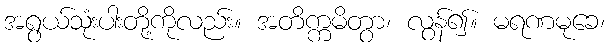
အရွယ်သုံးပါးတို့ကိုလည်း။ အတိက္ကမိတွာ၊ လွန်၍။ မရဏမုခေ၊